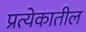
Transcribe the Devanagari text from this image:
प्रत्येकातील